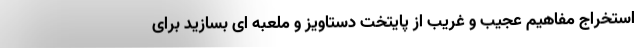
استخراج مفاهیم عجیب و غریب از پایتخت دستاویز و ملعبه ای بسازید برای